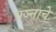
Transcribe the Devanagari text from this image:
यज्नाचे